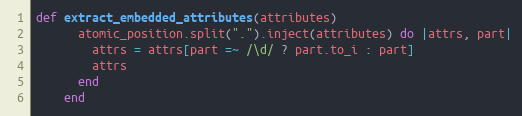
Language: Ruby
def extract_embedded_attributes(attributes)
      atomic_position.split(".").inject(attributes) do |attrs, part|
        attrs = attrs[part =~ /\d/ ? part.to_i : part]
        attrs
      end
    end